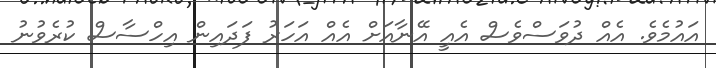
އައުމެވެ. އެއް ދުވަސްވެސް އެއީ އޭނާއަށް އެއް އަހަރު ފަދައިން އިހްސާސް ކުރެވުނު